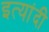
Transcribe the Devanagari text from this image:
इत्यांदी